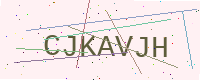
Text: CJKAVJH